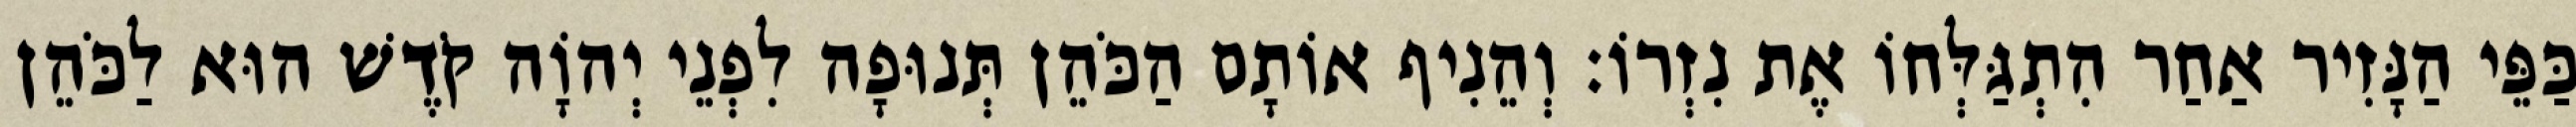
כַּפֵּי הַנָּזִיר אַחַר הִתְגַּלְּחוֹ אֶת נִזְרוֹ׃ וְהֵנִיף אוֹתָם הַכֹּהֵן תְּנוּפָה לִפְנֵי יְהוָֹה קֹדֶשׁ הוּא לַכֹּהֵן